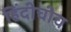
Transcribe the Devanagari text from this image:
हिंदीचीच